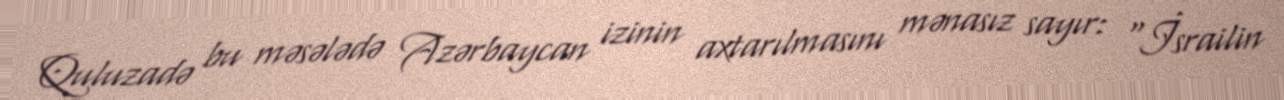
Quluzadə bu məsələdə Azərbaycan izinin axtarılmasını mənasız sayır: “İsrailin